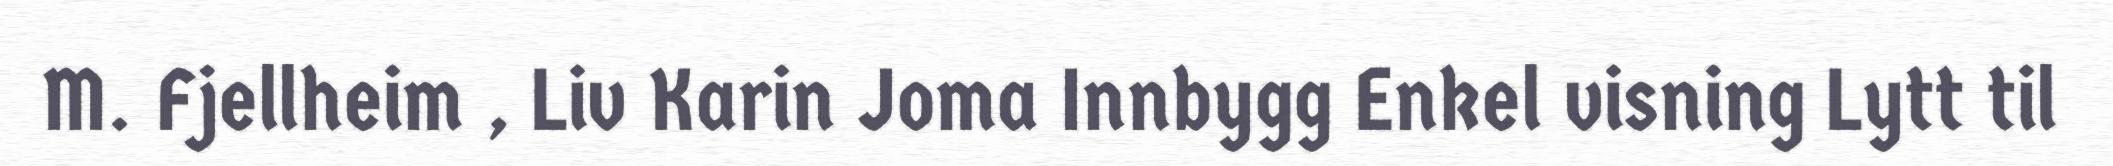
M. Fjellheim , Liv Karin Joma Innbygg Enkel visning Lytt til